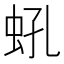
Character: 𧉔